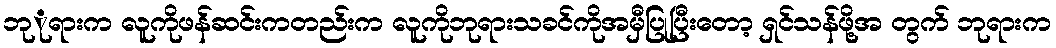
ဘုုရားက လူကိုဖန်ဆင်းကတည်းက လူကိုဘုရားသခင်ကိုအမှီပြုပြီးတော့ ရှင်သန်ဖို့အ တွက် ဘုရားက